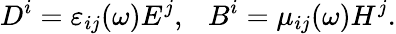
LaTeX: D^{i}=\varepsilon_{ij}(\omega)E^{j},\ \ \ B^{i}=\mu_{ij}(\omega)H^{j}.